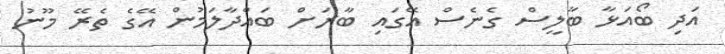
އަދި ބޯއަޅާ ބާލީސް ގެނެސް އޭގައި ބާރަށް ބައްދާލަމުން އޭގެ ތެރޭ މޫނު